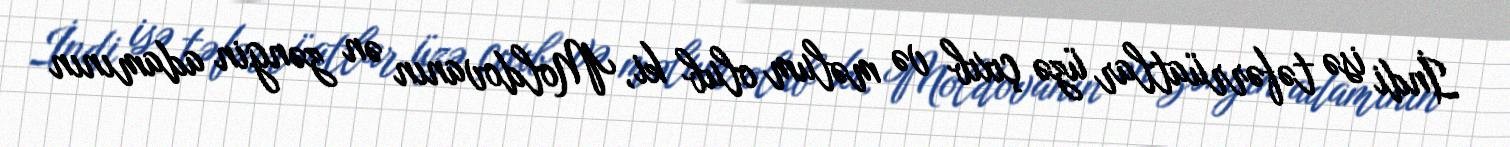
İndi isə təfərrüatlar üzə çıxıb və məlum olub ki, Moldovanın ən zəngin adamının